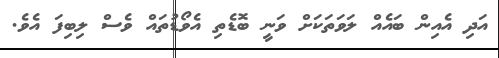
އަދި އެއިން ބައެއް ލަވަތަކަށް ވަނީ ބޮޑެތި އެވޯޑުތައް ވެސް ލިބިފަ އެވެ.